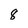
Character: 8